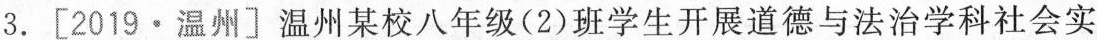
3.[2019·温州]温州某校八年级(2)班学生开展道德与法治学科社会实